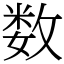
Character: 数